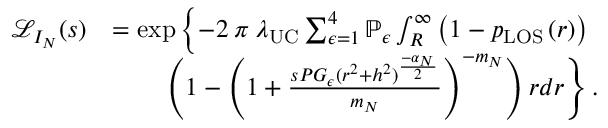
\begin{array} { r l } { \mathcal { L } _ { I _ { N } } ( s ) } & { = \exp \left\{ - 2 \: \pi \: \lambda _ { \mathrm { U C } } \sum _ { \epsilon = 1 } ^ { 4 } \mathbb { P } _ { \epsilon } \int _ { R } ^ { \infty } \left( 1 - p _ { \mathrm { { L O S } } } \left( r \right) \right) \right. } \\ & { \qquad \left. \left( 1 - \left( 1 + \frac { s P G _ { \epsilon } ( r ^ { 2 } + h ^ { 2 } ) ^ { \frac { - \alpha _ { N } } { 2 } } } { m _ { N } } \right) ^ { - m _ { N } } \right) r d r \right\} . } \end{array}